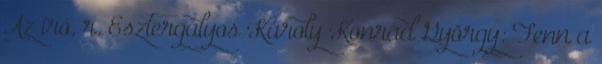
Az író, r. Esztergályos Károly Konrád György: Fenn a